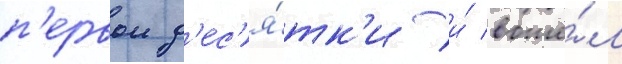
п'ервои д'ес'я́тк'и и́ вошё́л